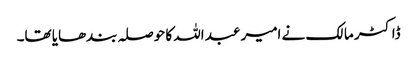
ڈاکٹر مالک نے امیر عبد اللہ کا حوصلہ بندھایا تھا۔